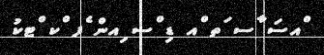
ްއސަ ާސ ަތ ްއ ޑި ްސ ިއން ެފ ްކ ްޓކު